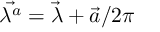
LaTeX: \vec { \lambda ^ { a } } = \vec { \lambda } + \vec { a } / 2 \pi